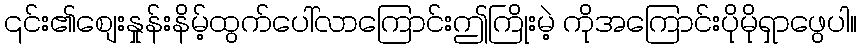
၎င်း၏စျေးနှုန်းနိမ့်ထွက်ပေါ်လာကြောင်းဤကြိုးမဲ့ ကိုအကြောင်းပိုမိုရှာဖွေပါ။